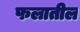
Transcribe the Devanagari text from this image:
फलातील